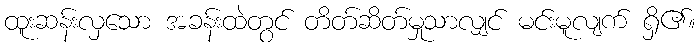
ထူးဆန်းလှသော အခန်းထဲတွင် တိတ်ဆိတ်မှုသာလျှင် မင်းမူလျက် ရှိ၏။